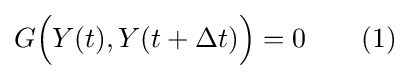
G{\Big (}Y(t),Y(t+\Delta t){\Big )}=0\qquad (1)